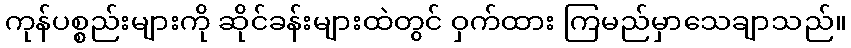
ကုန်ပစ္စည်းများကို ဆိုင်ခန်းများထဲတွင် ဝှက်ထား ကြမည်မှာသေချာသည်။